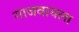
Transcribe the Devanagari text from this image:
गाजवायला